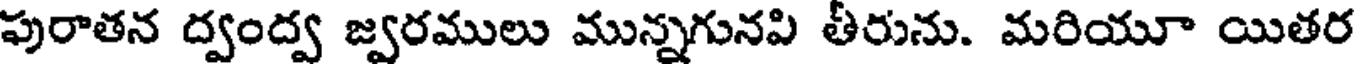
పురాతన ద్వంద్వ జ్వరములు మున్నగునపి తీరును. మరియూ యితర